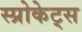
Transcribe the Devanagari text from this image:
स्प्रोकेट्स